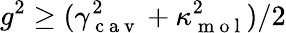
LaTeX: g^{2}\ge(\gamma_{\mathrm{~c~a~v~}}^{2}+\kappa_{\mathrm{~m~o~l~}}^{2})/2